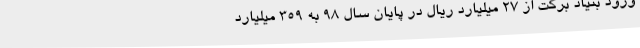
ورود بنیاد برکت از 27 میلیارد ریال در پایان سال 98 به 359 میلیارد